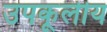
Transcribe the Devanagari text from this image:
उपकूलीय